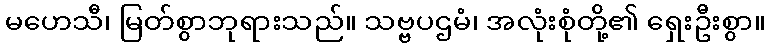
မဟေသီ၊ မြတ်စွာဘုရားသည်။ သဗ္ဗပဌမံ၊ အလုံးစုံတို့၏ ရှေးဦးစွာ။